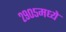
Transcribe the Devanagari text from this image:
२९०५मध्ये